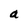
Character: a